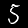
Digit: 5